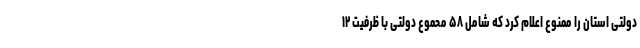
دولتی استان را ممنوع اعلام کرد که شامل ۵۸ محموع دولتی با ظرفیت ۱۲